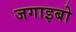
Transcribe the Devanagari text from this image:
जगाइबो